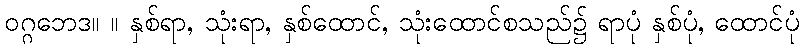
ဝဂ္ဂဘေဒ။ ။ နှစ်ရာ, သုံးရာ, နှစ်ထောင်, သုံးထောင်စသည်၌ ရာပုံ နှစ်ပုံ, ထောင်ပုံ